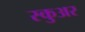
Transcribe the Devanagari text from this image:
स्कुअर